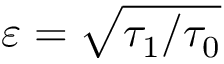
\varepsilon = \sqrt { \tau _ { 1 } / \tau _ { 0 } }